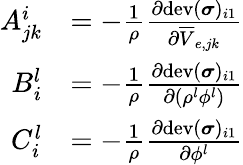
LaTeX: \begin{array}{rl}{A_{jk}^{i}}&{=-\frac{1}{\rho}\frac{\partial\mathrm{dev}(\boldsymbol\sigma)_{i1}}{\partial\overline{{V}}_{e,jk}}}\\ {B_{i}^{l}}&{=-\frac{1}{\rho}\frac{\partial\mathrm{dev}(\boldsymbol\sigma)_{i1}}{\partial(\rho^{l}\phi^{l})}}\\ {C_{i}^{l}}&{=-\frac{1}{\rho}\frac{\partial\mathrm{dev}(\boldsymbol\sigma)_{i1}}{\partial\phi^{l}}}\end{array}